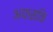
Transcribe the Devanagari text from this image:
अद्यासक्ति